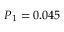
P _ { 1 } = 0 . 0 4 5